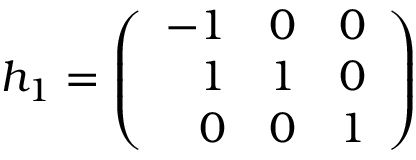
h _ { 1 } = \left( \begin{array} { r r r } { { - 1 } } & { { 0 } } & { { 0 } } \\ { { 1 } } & { { 1 } } & { { 0 } } \\ { { 0 } } & { { 0 } } & { { 1 } } \end{array} \right)